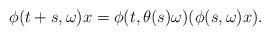
LaTeX: \begin{align*} \phi(t+s,\omega)x=\phi(t,\theta(s)\omega)(\phi(s,\omega)x). \end{align*}